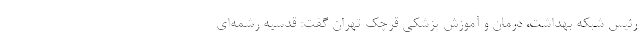
رئیس شبکه بهداشت، درمان و آموزش پزشکی قرچک تهران گفت: قدسیه رشمه‌ای